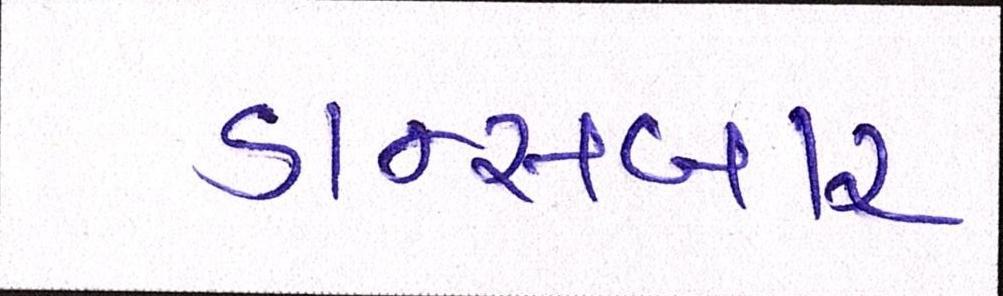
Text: ડાન્સબાર